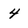
Character: 4